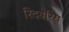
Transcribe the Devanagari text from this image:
रिदबेरिय